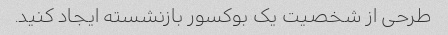
طرحی از شخصیت یک بوکسور بازنشسته ایجاد کنید.